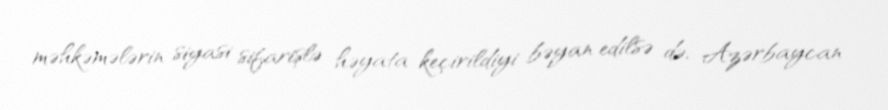
məhkəmələrin siyasi sifarişlə həyata keçirildiyi bəyan edilsə də, Azərbaycan